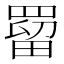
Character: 罶